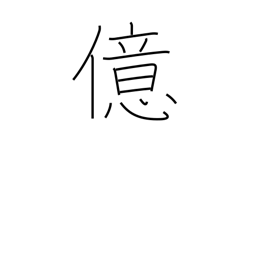
Meaning: 10**8